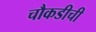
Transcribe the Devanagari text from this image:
चौकडीची